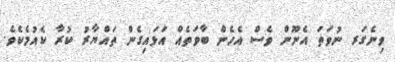
ވިނެގަރ ނުވަތަ އެނޫން ވެސް އެހެން ބާވަތެއް އަޅައިގެން ތައްޔާރު ކުރާ ކެއުމެކެވެ.